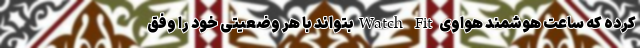
کرده که ساعت هوشمند هواوی Watch Fitبتواند با هر وضعیتی خود را وفق